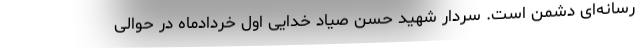
رسانه‌ای دشمن است. سردار شهید حسن صیاد خدایی اول خردادماه در حوالی